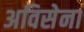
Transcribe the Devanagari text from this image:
अविसेना